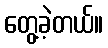
တွေ့ခဲ့တယ်။